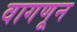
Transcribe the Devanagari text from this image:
वागणून